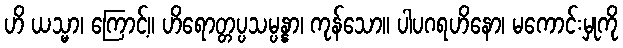
ဟိ ယသ္မာ၊ ကြောင့်။ ဟိရောတ္တပ္ပသမ္ပန္နာ၊ ကုန်သော။ ပါပဂရဟိနော၊ မကောင်းမှုကို